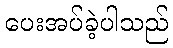
ပေးအပ်ခဲ့ပါသည်